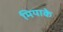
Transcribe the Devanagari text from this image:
मियाके